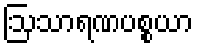
ဩသာရဏပစ္စယာ